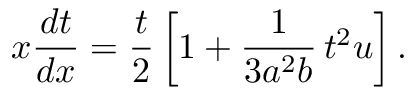
x \frac { d t } { d x } = \frac { t } { 2 } \left[ 1 + \frac { 1 } { 3 a ^ { 2 } b } \, t ^ { 2 } u \right] .